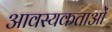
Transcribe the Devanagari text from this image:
आवस्यकताओं